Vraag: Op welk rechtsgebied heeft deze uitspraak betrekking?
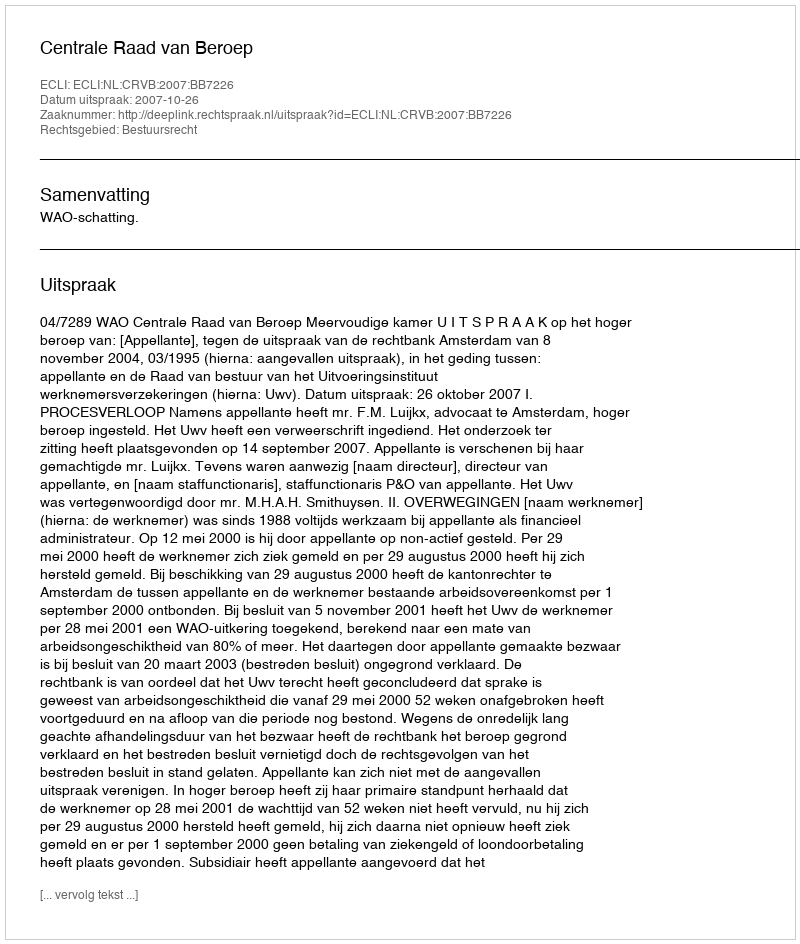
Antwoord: Bestuursrecht